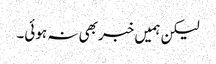
لیکن ہمیں خبر بھی نہ ہوئی۔